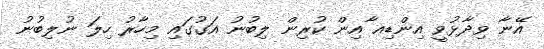
އޭނާ ވިދާޅުވީ އިންޑިއ ާއިން ކުރިން ލިބުނު އަގުގައި މިހާރު ހިލަ ނުލިބުނު